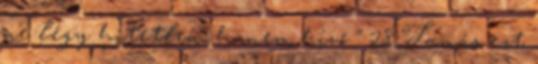
ne légy hitetlen, hanem hívő ” 28 Tamás ezt